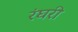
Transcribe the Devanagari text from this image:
रंघरी